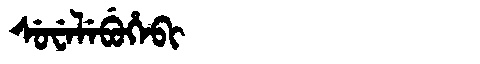
Manchu: ᠰᡠᠸᡝᠯᡝᠪᡠᡥᡝᠪᡳ
Romanization: SUWELEBUHEBI